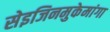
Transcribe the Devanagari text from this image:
सेइजिनमुकेमांगा